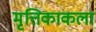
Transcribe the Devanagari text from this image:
मृत्तिकाकला